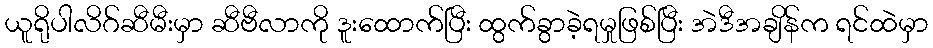
ယူရိုပါလိဂ်ဆီမီးမှာ ဆီဗီလာကို ဒူးထောက်ပြီး ထွက်ခွာခဲ့ရမှုဖြစ်ပြီး အဲဒီအချိန်က ရင်ထဲမှာ